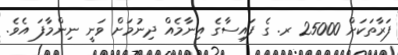
ފަރާތަކަށް 25000 ރ. ގެ ފައިސާގެ އިނާމެއް ދިނުމަށް ވަނީ ނިންމާފަ އެވެ.